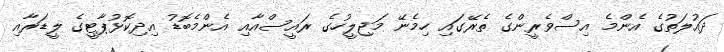
ދައުލަތުގެ އެންމެ އިސްވެރީންގެ ތެރޭގައި ހިމެނޭ މަޖިލީހުގެ ރައީސްއާއި އެންމެބޮޑު އިދިކޮޅުޕާޓީގެ ލީޑަރާއި